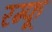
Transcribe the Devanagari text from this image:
रम्फू